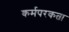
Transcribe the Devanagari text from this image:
कर्मपरकता